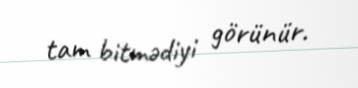
tam bitmədiyi görünür.